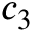
c _ { 3 }